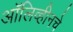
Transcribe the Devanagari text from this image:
ऑलिव्हीनचे